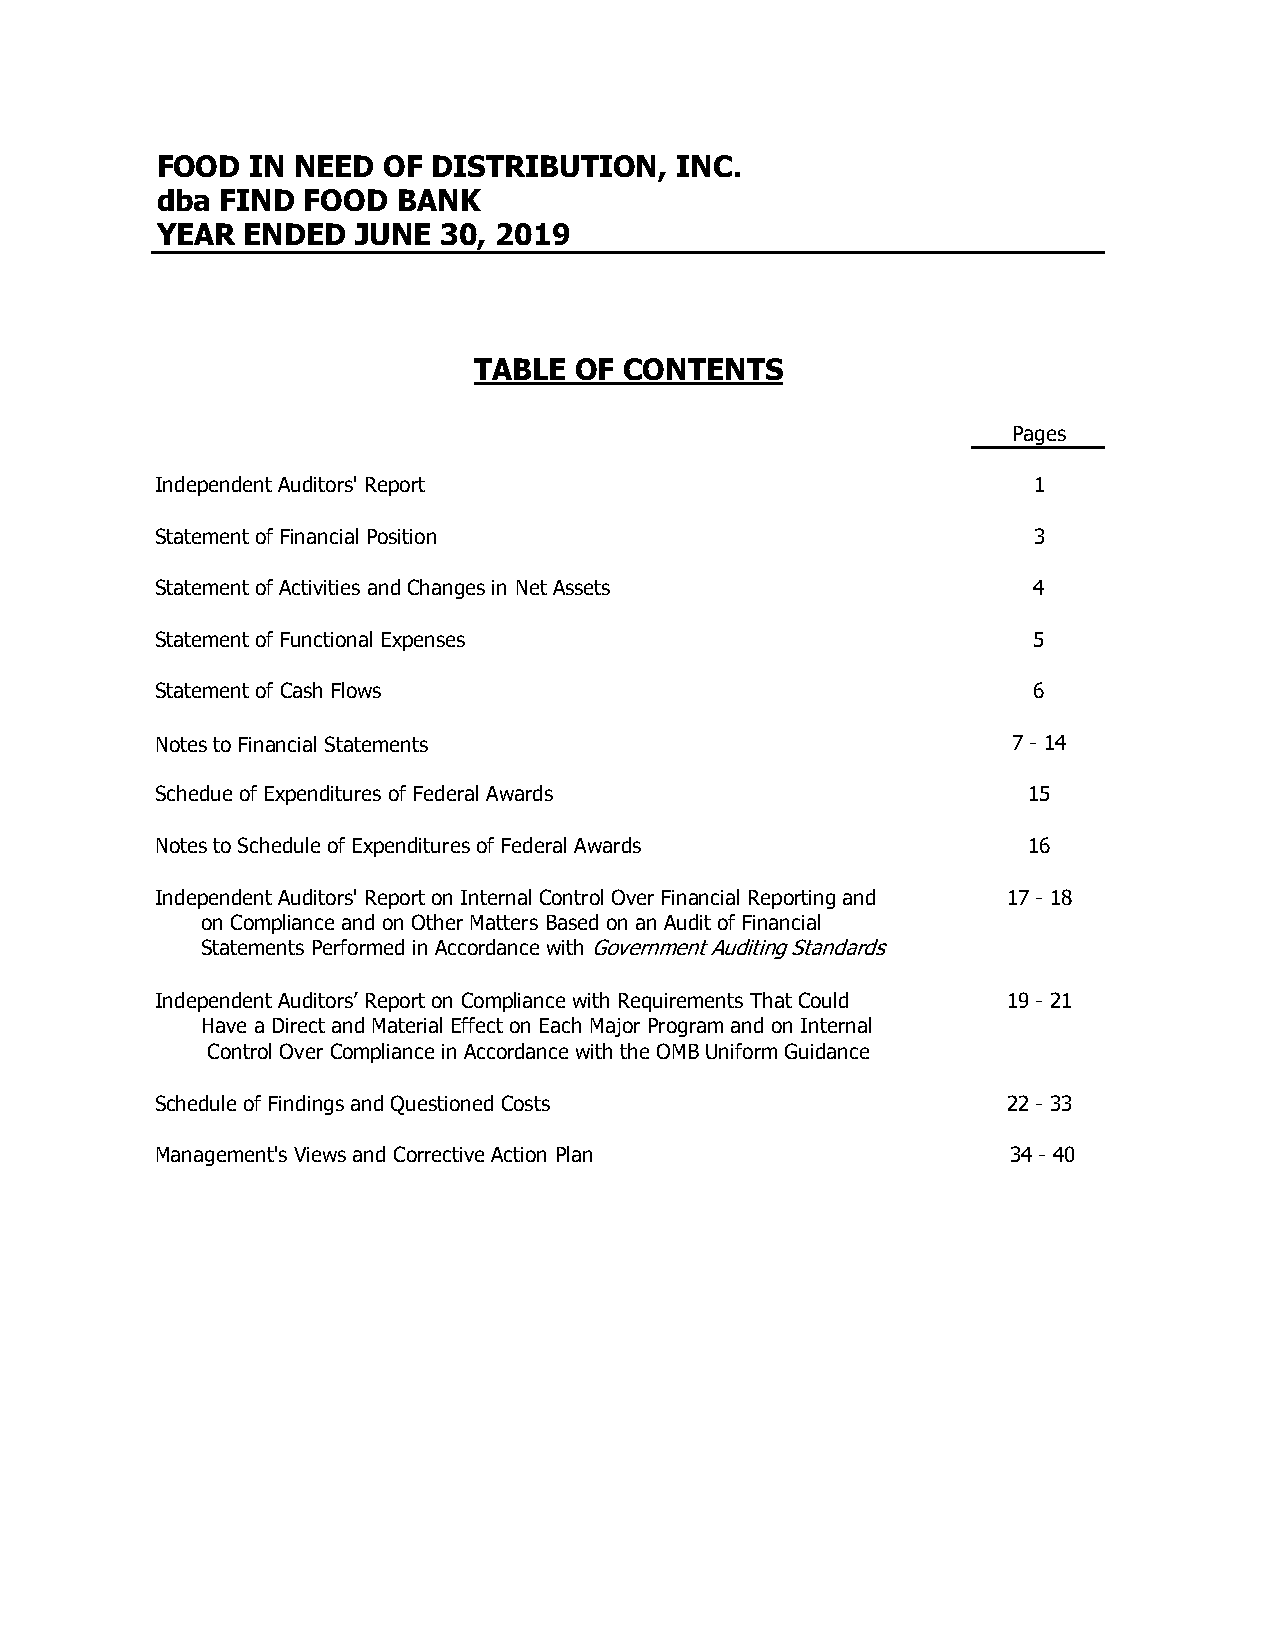
FOOD   IN NEED OF  DISTRIBUTION,   INC.
 dba  FIND FOOD  BANK
 YEAR  ENDED   JUNE 30, 2019
 TABLE  OF CONTENTS
 Pages
 Independent Auditors' Report                              1
 Statement of Financial Position                           3
 Statement of Activities and Changes in Net Assets         4
 Statement of Functional Expenses                          5
 Statement of Cash Flows                                   6
 Notes to Financial Statements                            7 - 14
 Schedue of Expenditures of Federal Awards                 15
 Notes to Schedule of Expenditures of Federal Awards       16
 Independent Auditors' Report on Internal Control Over Financial Reporting and 17 - 18
 on Compliance and on Other Matters Based on an Audit of Financial
 Statements Performed in Accordance with Government Auditing Standards
 Independent Auditors’ Report on Compliance with Requirements That Could 19 - 21
 Have a Direct and Material Effect on Each Major Program and on Internal
 Control Over Compliance in Accordance with the OMB Uniform Guidance
 Schedule of Findings and Questioned Costs                22 - 33
 Management's Views and Corrective Action Plan            34 - 40